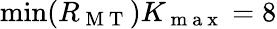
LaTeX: \operatorname*{min}(R_{\mathrm{~M~T~}})K_{\mathrm{~m~a~x~}}=8